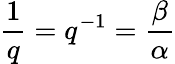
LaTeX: {\frac{1}{q}}=q^{-1}={\frac{\beta}{\alpha}}